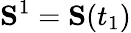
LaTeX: \mathbf{S}^{1}=\mathbf S(t_{1})